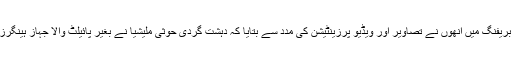
اپنی ہفتہ وار میڈیا بریفنگ میں انھوں نے تصاویر اور ویڈیو پرزینٹیشن کی مدد سے بتایا کہ دہشت گردی حوثی ملیشیا نے بغیر پائیلٹ والا جہاز ہینگرز سے کیسے نکالا۔